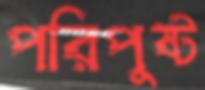
পরিপুষ্ট